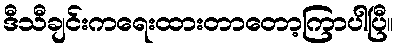
ဒီသီချင်းကရေးထားတာတော့ကြာပါပြီ။